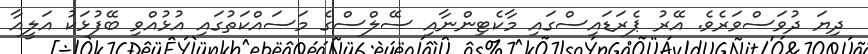
ދިޔަ ދުވަސްވަރެވެ. އޭރު ޕެރަޑައިސްގައި މާކެޓިންނާއި ސޭލްސްގެ މަސައްކަތުގައި އުޅުއްވި ބޭފުޅަކު އަލީއާ